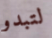
لتبدو